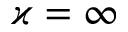
\varkappa = \infty